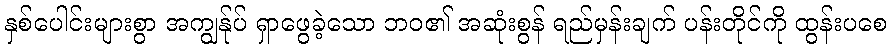
နှစ်ပေါင်းများစွာ အကျွန်ုပ် ရှာဖွေခဲ့သော ဘဝ၏ အဆုံးစွန် ရည်မှန်းချက် ပန်းတိုင်ကို ထွန်းပစေ